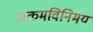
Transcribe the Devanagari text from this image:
अक्रमविनिमय